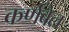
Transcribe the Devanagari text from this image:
कर्णबेल